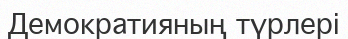
Демократияның түрлері